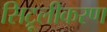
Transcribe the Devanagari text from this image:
सिट्रूलीकरण